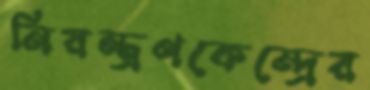
নিয়ন্ত্রণকেন্দ্রের